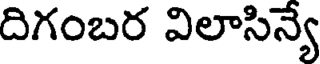
దిగంబర విలాసిన్యే